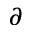
\partial